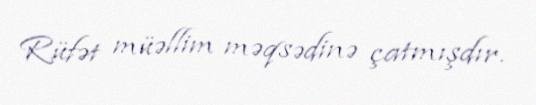
Rüfət müəllim məqsədinə çatmışdır.